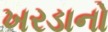
ખરડાનો